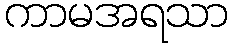
ကာမအရသာ